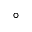
^ \circ